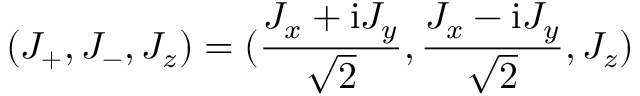
( J _ { + } , J _ { - } , J _ { z } ) = ( \frac { J _ { x } + \mathrm { i } J _ { y } } { \sqrt { 2 } } , \frac { J _ { x } - \mathrm { i } J _ { y } } { \sqrt { 2 } } , J _ { z } )